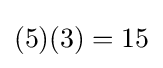
(5)(3)=15